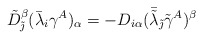
\begin{align*}\tilde{D}_{\tilde{\jmath}}^{\beta}(\bar{\lambda}_{i}\gamma^{A})_{\alpha}=-D_{i\alpha}(\bar{\tilde{\lambda}}_{\tilde{\jmath}}\tilde{\gamma}^{A})^{\beta}\end{align*}